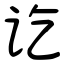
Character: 讫